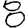
Digit: 8